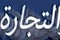
التجارة